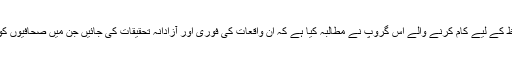
صحافیوں کے تحفظ کے لیے کام کرنے والے اس گروپ نے مطالبہ کیا ہے کہ ان واقعات کی فوری اور آزادانہ تحقیقات کی جائیں جن میں صحافیوں کو ہدف بنایا گیا ہے۔